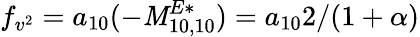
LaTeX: f_{v^{2}}=a_{10}(-\mathit{M}_{10,10}^{E*})=a_{10}2/(1+\alpha)